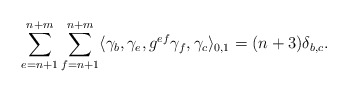
\begin{align*}\sum_{e=n+1}^{n+m}\sum_{f=n+1}^{n+m}\langle \gamma_b, \gamma_e, g^{ef}\gamma_f,\gamma_c\rangle_{0,1}=(n+3)\delta_{b,c}.\end{align*}